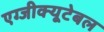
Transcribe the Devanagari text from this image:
एग्जीक्यूटेबल